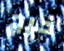
خرج